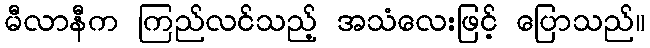
မီလာနီက ကြည်လင်သည့် အသံလေးဖြင့် ပြောသည်။